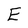
Character: E